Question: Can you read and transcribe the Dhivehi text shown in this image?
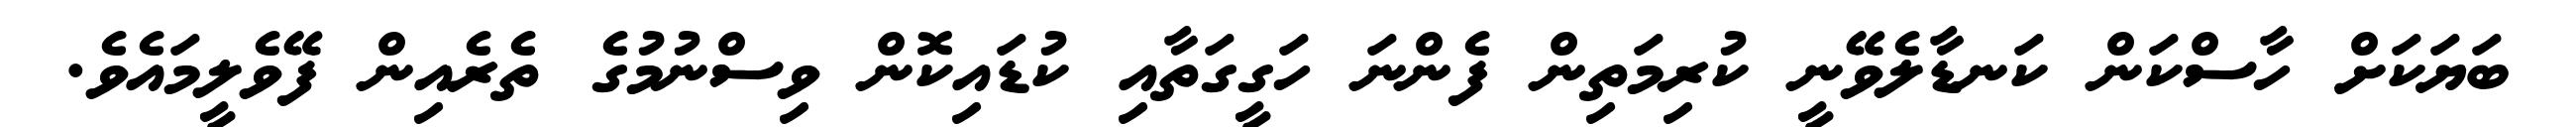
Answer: ބަޔަކަށް ހާސްކަން ކަނޑާލެވޭނީ ކުރިމަތިން ފެންނަ ހަގީގަތާއި ކުޑައިކޮން ވިސްނުމުގެ ތެރެއިން ފޭވެލީމައެވެ.